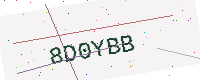
Text: 8D0YBB